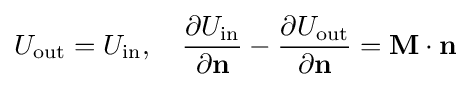
U_{\text{out}}=U_{\text{in}},\quad {\frac {\partial U_{\text{in}}}{\partial \mathbf {n} }}-{\frac {\partial U_{\text{out}}}{\partial \mathbf {n} }}=\mathbf {M} \cdot \mathbf {n}